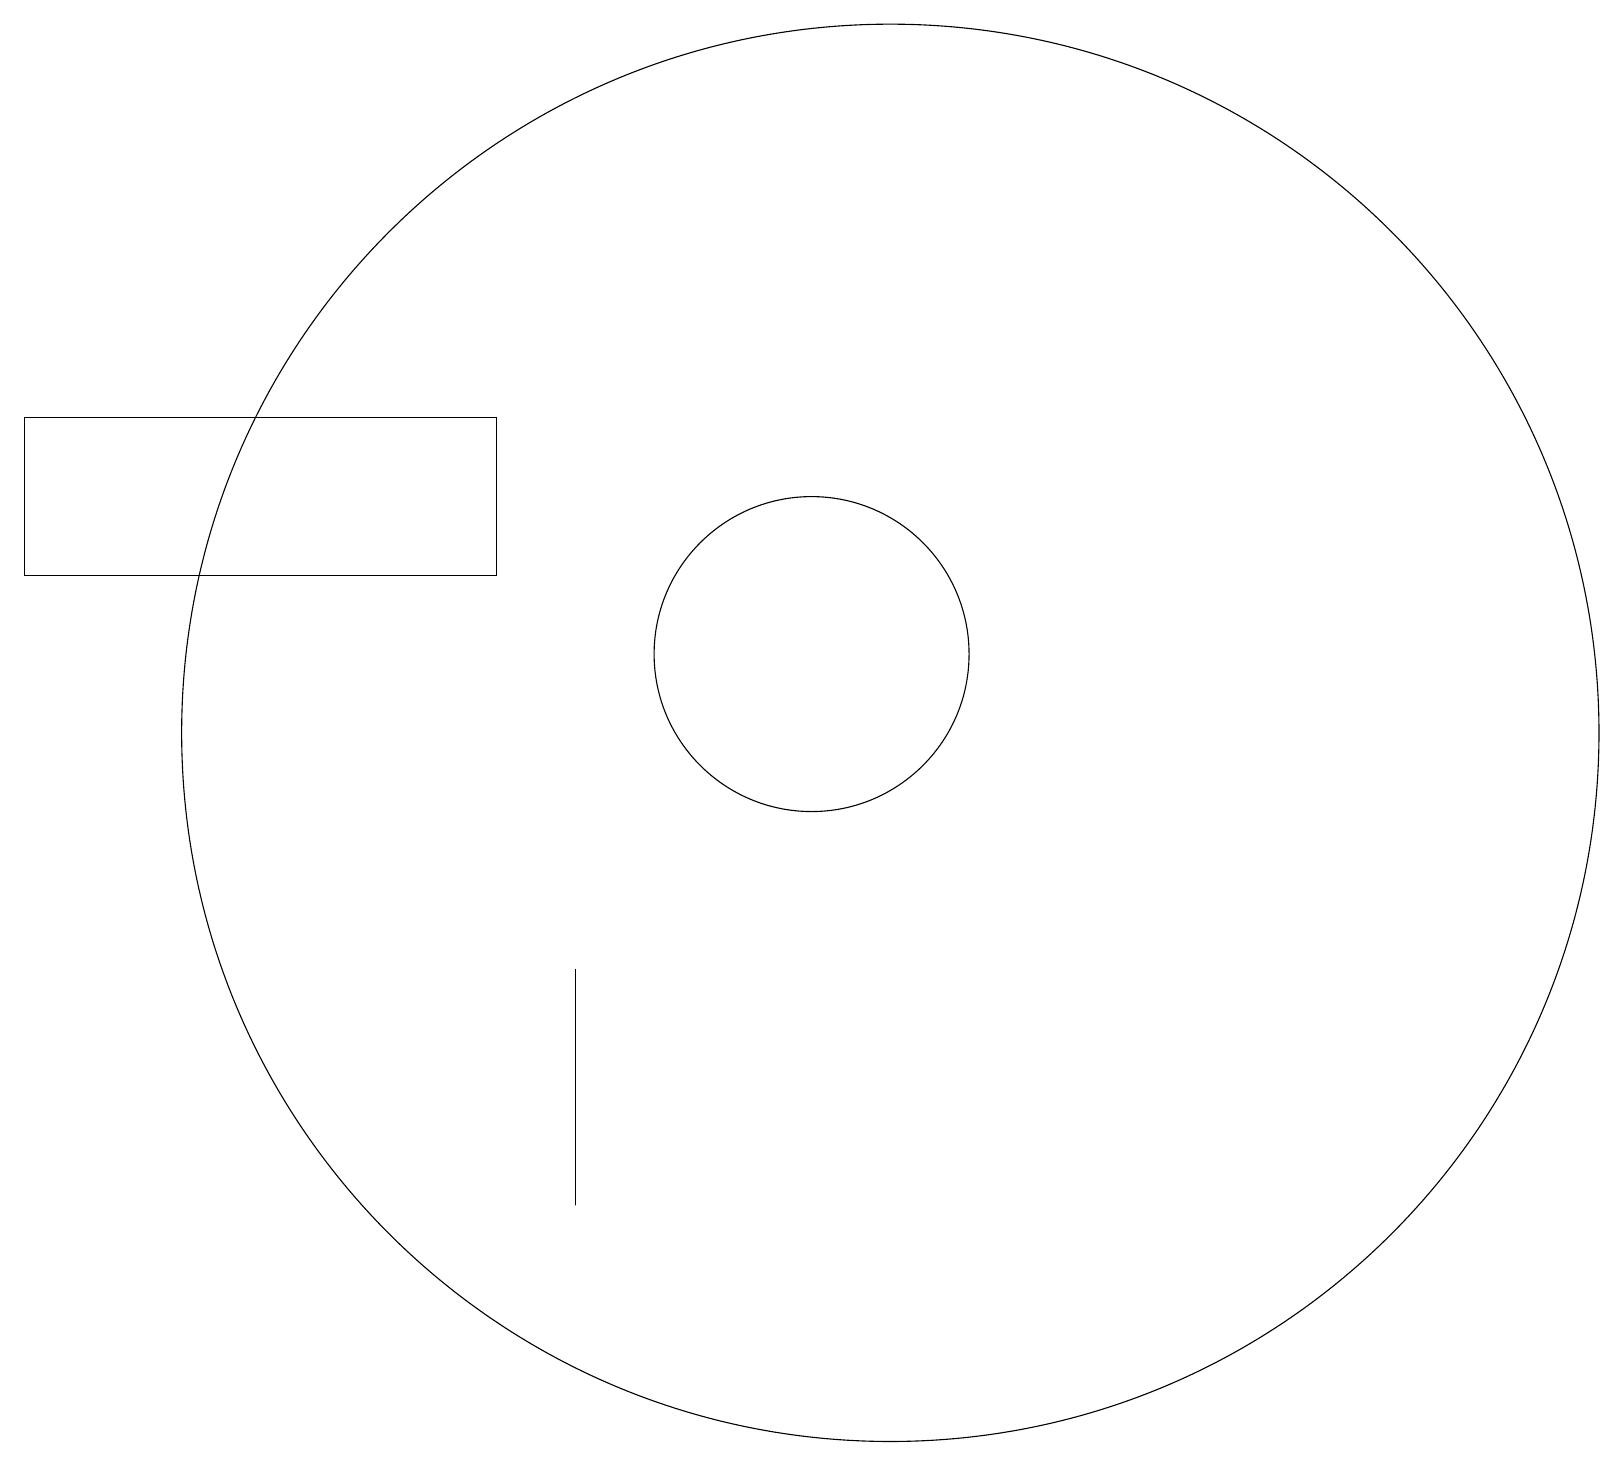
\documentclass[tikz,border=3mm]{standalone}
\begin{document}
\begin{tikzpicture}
\draw (11,11) circle (2);
\draw (8,7) -- (8,4) -- (8,5) -- cycle;
\draw (7,12) rectangle (1,14);
\draw (12,10) circle (9);
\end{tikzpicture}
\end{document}